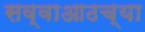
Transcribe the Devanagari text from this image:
सव्वाआठच्या